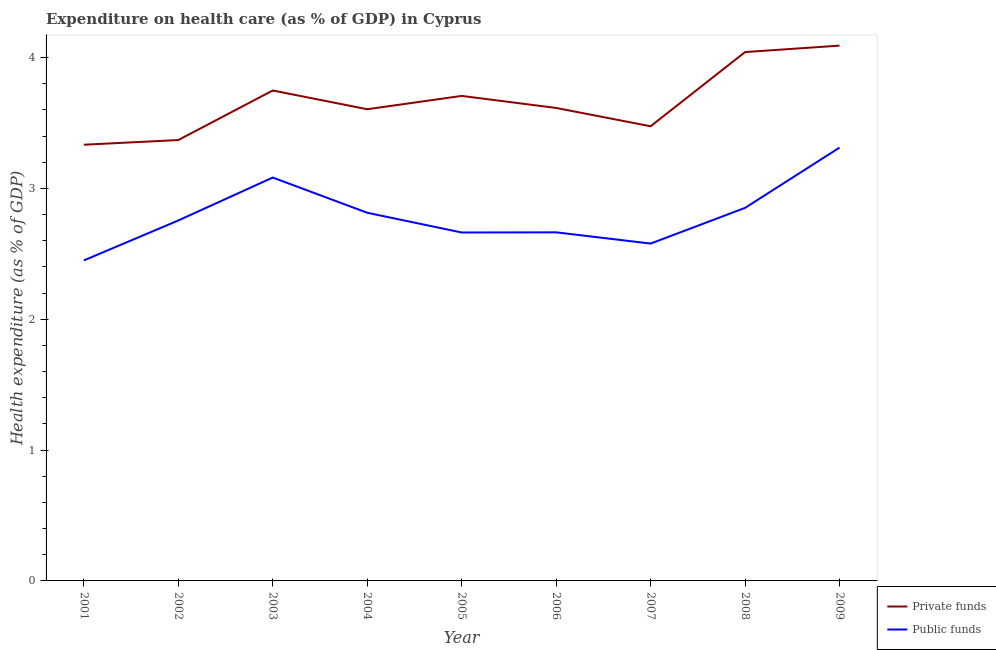
| Year | Private funds | Public funds |
 | --- | --- | --- |
 | 2001 | 3.33 | 2.45 |
 | 2002 | 3.37 | 2.75 |
 | 2003 | 3.75 | 3.08 |
 | 2004 | 3.6 | 2.81 |
 | 2005 | 3.71 | 2.66 |
 | 2006 | 3.61 | 2.66 |
 | 2007 | 3.47 | 2.58 |
 | 2008 | 4.04 | 2.85 |
 | 2009 | 4.09 | 3.31 |